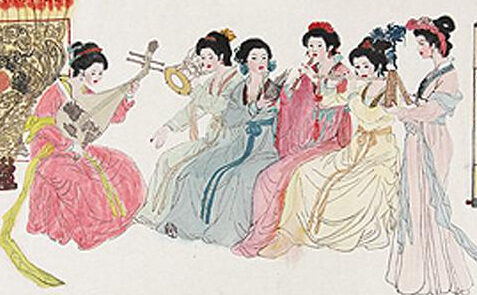
安而不忘危，存而不忘亡，治而不忘乱